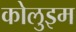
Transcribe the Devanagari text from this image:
कोलुइम